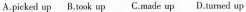
A.picked up B.Ook up C.Made up D.Tumed up